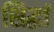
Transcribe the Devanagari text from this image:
सिद्धां